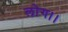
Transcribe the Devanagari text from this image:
लोग।।